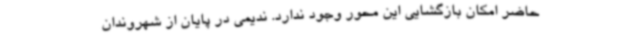
حاضر امکان بازگشایی این محور وجود ندارد. ندیمی در پایان از شهروندان